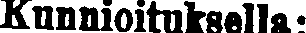
Kunnioituksella: